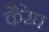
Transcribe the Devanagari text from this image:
कैरेघ